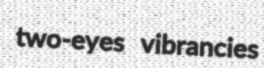
two-eyes vibrancies